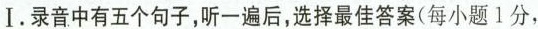
Ⅰ.录音中有五个句子,听一遍后,选择最佳答案(每小题1分,